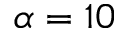
\alpha = 1 0